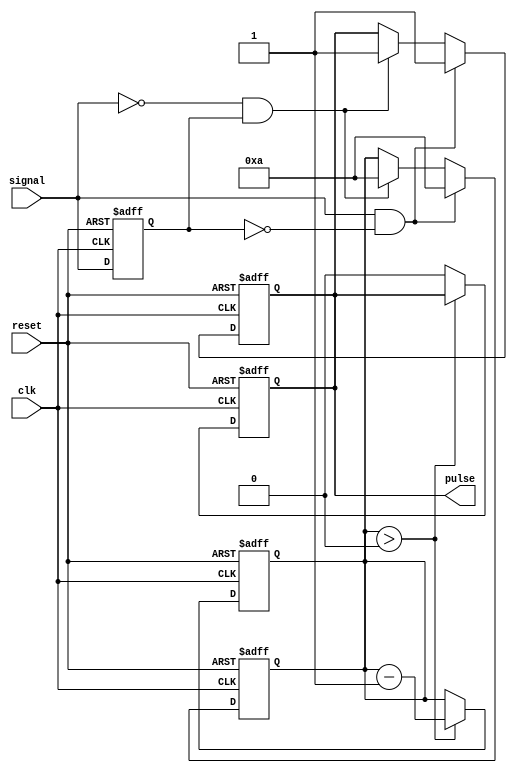
module MonostableEdgeDetector (
    input wire signal,     // Input signal to detect edges
    input wire clk,       // Clock signal
    input wire reset,     // Reset signal
    output reg pulse      // Output pulse signal
);

    // Parameters for pulse duration
    parameter PULSE_WIDTH = 10; // Adjust this value for pulse duration

    reg signal_prev;            // Register to store previous signal state
    reg [3:0] pulse_counter;    // Counter for pulse duration

    // Edge detection and state storage
    always @(posedge clk or posedge reset) begin
        if (reset) begin
            signal_prev <= 1'b0; // Initialize previous signal state
            pulse <= 1'b0;       // Initialize pulse output
            pulse_counter <= 4'b0; // Initialize pulse counter
        end else begin
            // Detect rising edge
            if (signal && !signal_prev) begin
                pulse <= 1'b1;    // Generate pulse on rising edge
                pulse_counter <= PULSE_WIDTH; // Load counter with pulse width
            end else if (!signal && signal_prev) begin
                pulse <= 1'b1;    // Generate pulse on falling edge
                pulse_counter <= PULSE_WIDTH; // Load counter with pulse width
            end
            signal_prev <= signal; // Update previous signal state
        end
    end

    // Pulse duration control
    always @(posedge clk or posedge reset) begin
        if (reset) begin
            pulse <= 1'b0;            // Reset pulse output
            pulse_counter <= 4'b0;    // Reset pulse counter
        end else if (pulse_counter > 0) begin
            pulse_counter <= pulse_counter - 1; // Decrement counter
        end else begin
            pulse <= 1'b0;            // Clear pulse output after duration
        end
    end

endmodule